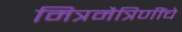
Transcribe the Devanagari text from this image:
मित्रमैत्रिणींचे